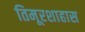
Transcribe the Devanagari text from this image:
तिमूरशाहास